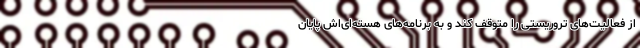
از فعالیت‌های تروریستی را متوقف کند و به برنامه‌های هسته‌ای‌اش پایان